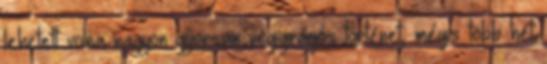
lehetett volna nagyon gyorsan végigrágós történet, mégis több hét